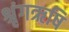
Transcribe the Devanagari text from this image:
श्रृंगऋषि